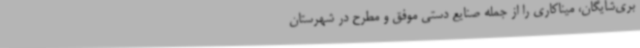
بری‌شایگان، میناکاری را از جمله صنایع دستی موفق و مطرح در شهرستان